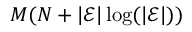
M ( N + | \mathcal { E } | \log ( | \mathcal { E } | ) )